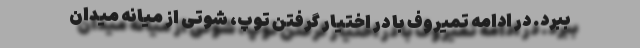
ببرد. در ادامه تمیروف با در اختیار گرفتن توپ، شوتی از میانه میدان